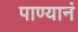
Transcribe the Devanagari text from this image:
पाण्यानं